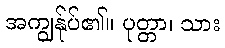
အကျွန်ုပ်၏။ ပုတ္တာ၊ သား